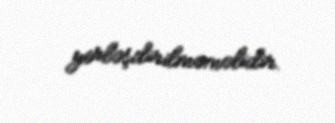
yerləşdirilməməlidir.